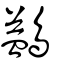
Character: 鷁